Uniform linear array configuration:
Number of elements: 24
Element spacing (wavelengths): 0.25
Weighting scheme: uniform
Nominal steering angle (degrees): -15
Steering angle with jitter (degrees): -15.367
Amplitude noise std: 0.05
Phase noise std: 0.05

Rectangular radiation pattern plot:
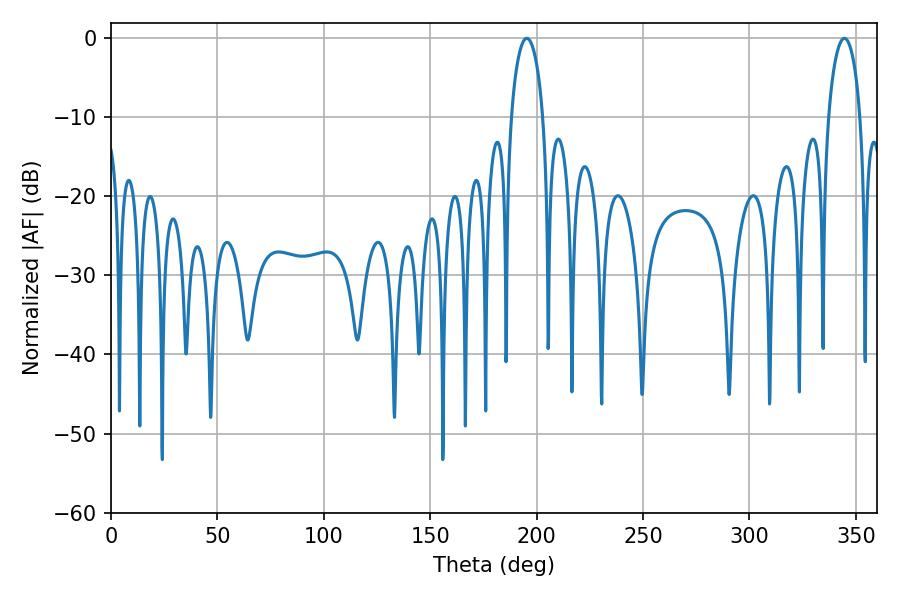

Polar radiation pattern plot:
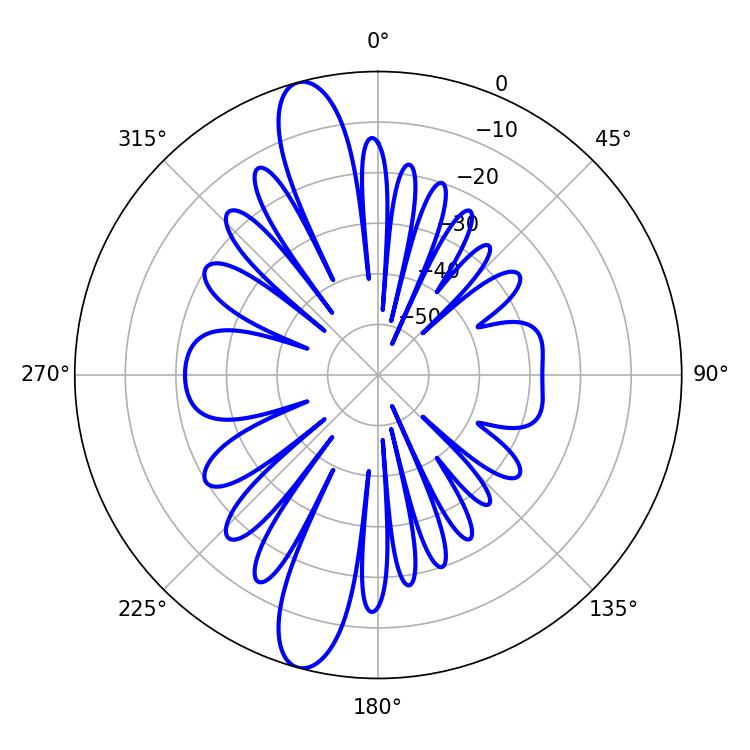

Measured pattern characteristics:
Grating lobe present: FALSE
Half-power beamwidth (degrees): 8.46
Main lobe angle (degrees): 195.3